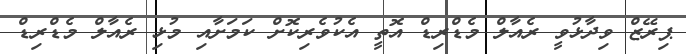
ޕިރޭޒް ވިދާޅުވީ ރެއާލް މެޑްރިޑް އޮތީ އެކުވެރިކޮށް ކަމަށާއި މުޅި ރެއާލް މެޑްރިޑް